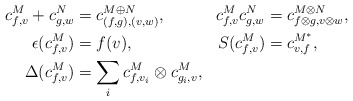
\begin{align*}\begin{aligned}c_{f,v}^M+c_{g,w}^N&=c_{(f, g), (v, w)}^{M\oplus N}, & c_{f,v}^Mc_{g,w}^N&=c_{f\otimes g, v\otimes w}^{M\otimes N}, \\\epsilon(c_{f,v}^M)&=f(v), & S(c_{f,v}^M)&=c_{v,f}^{M^*},\\\Delta(c_{f,v}^M)&=\sum_i c_{f,v_i}^M\otimes c_{g_i,v}^M,&&\end{aligned}\end{align*}